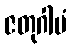
ဇတုဂါမံ